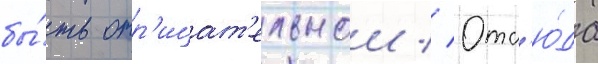
бы́ть отр'ицат'ельнои // Отс'ю́да